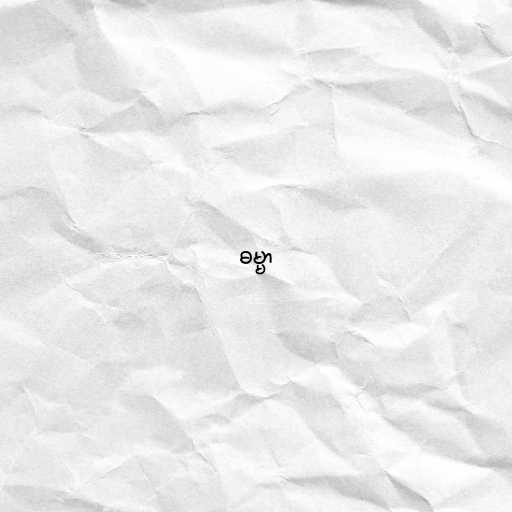
ဓမ္မာ